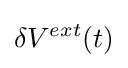
\delta V^{ext}(t)